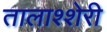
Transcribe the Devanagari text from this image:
तालाश्शेरी